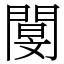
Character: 閺